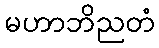
မဟာဘိညတံ